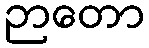
ဉာတော